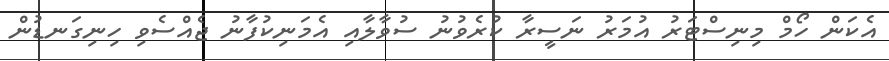
އެކަން ހޯމް މިނިސްޓަރު އުމަރު ނަސީރާ ކުރެވުނު ސުވާލާއި އެމަނިކުފާނު ޖެއްސެވި ހިނިގަނޑުން